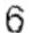
6